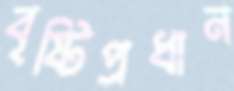
বৃষ্টিপ্রধান